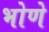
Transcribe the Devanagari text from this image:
भोणे